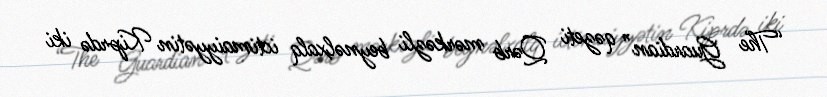
“The Guardian” qəzeti Qərb mərkəzli beynəlxalq ictimaiyyətin Kiprdə iki